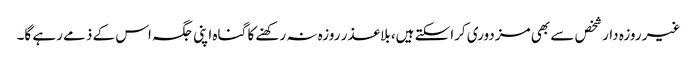
غیر روزہ دار شخص سے بھی مزدوری کراسکتے ہیں، بلاعذر روزہ نہ رکھنے کا گناہ اپنی جگہ اس کے ذمے رہے گا۔